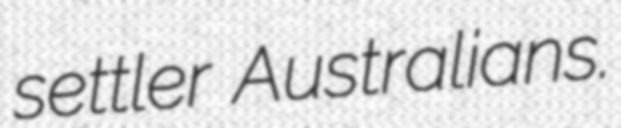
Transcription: settler Australians.